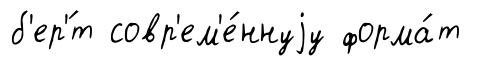
б'ер'́т совр'ем'е́ннуjу форма́т